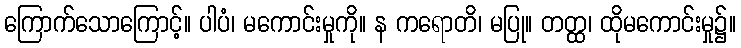
ကြောက်သောကြောင့်။ ပါပံ၊ မကောင်းမှုကို။ န ကရောတိ၊ မပြု။ တတ္ထ၊ ထိုမကောင်းမှု၌။